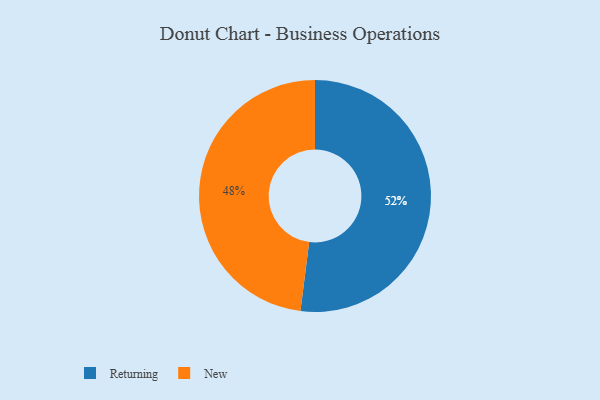
{"axis": {"x": "Category", "y": "Percentage"}, "legend": ["New", "Returning"], "data": [{"x": "Returning", "y": 52, "type": "Returning"}, {"x": "New", "y": 48, "type": "New"}]}